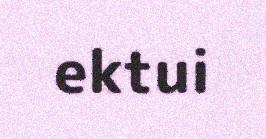
ektui